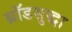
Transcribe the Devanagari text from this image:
ब्रॉडसुद्धा